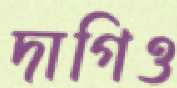
দাগিও